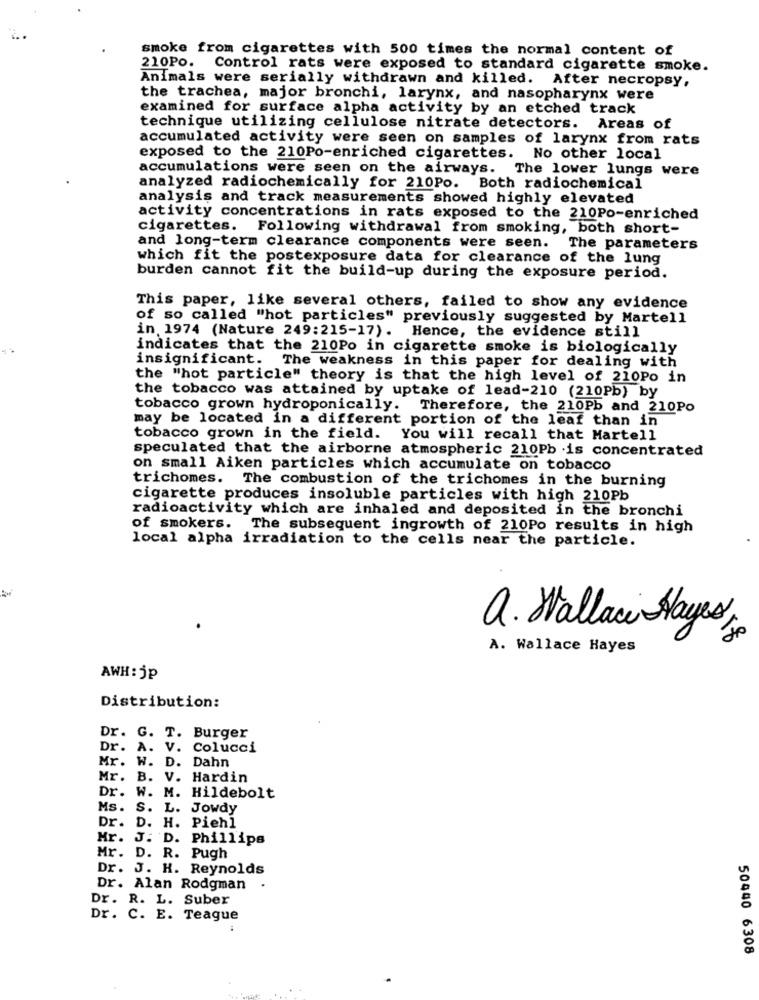
smoke from cigarettes with 500 times the normal content of
210Po. Control rats were exposed to standard cigarette smoke.
Animals were serially withdrawn and killed. After necropsy,
the trachea, major bronchi, larynx, and nasopharynx were
examined for surface alpha activity by an etched track
technique utilizing cellulose nitrate detectors. Areas of
accumulated activity were seen on samples of larynx from rats
exposed to the 210Po-enriched cigarettes. No other local
accumulations were seen on the airways. The lower lungs were
analyzed radiochemically for 210Po. Both radiochemical
analysis and track measurements showed highly elevated
activity concentrations in rats exposed to the 210Po-enriched
cigarettes. Following withdrawal from smoking, both short-
and long-term clearance components were seen. The parameters
which fit the postexposure data for clearance of the lung
burden cannot fit the build-up during the exposure period.
This paper, like several others, failed to show any evidence
of so called "hot particles" previously suggested by Martell
in. 1974 (Nature 249:215-17). Hence, the evidence still
indicates that the 210Po in cigarette smoke is biologically
insignificant. The weakness in this paper for dealing with
the "hot particle" theory is that the high level of 210Po in
the tobacco was attained by uptake of lead-210 (210Pb) by
tobacco grown hydroponically. Therefore, the 210Pb and 210Po
may be located in a different portion of the leaf than in
tobacco grown in the field. You will recall that Martell
speculated that the airborne atmospheric 210Pb is concentrated
on small Aiken particles which accumulate on tobacco
trichomes. The combustion of the trichomes in the burning
cigarette produces insoluble particles with high 210Pb
radioactivity which are inhaled and deposited in the bronchi
of smokers. The subsequent ingrowth of 210Po results in high
local alpha irradiation to the cells near the particle.
a. Wallace Hayes,
A. Wallace Hayes
AWH : jp
Distribution:
Dr. G. T. Burger
Dr. A. V. Colucci
Mr.
W. D. Dahn
Mr. B. V. Hardin
Dr. W. M. Hildebolt
Ms.
S. L. Jowdy
Dr. D. H. Piehl
Mr. J. D.
Phillips
Mr. D. R. Pugh
Dr. J. H. Reynolds
Dr. Alan Rodgman
.
Dr. R. L. Suber
Dr. C. E. Teague
50440 6308